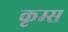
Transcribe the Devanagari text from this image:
कृम्स